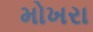
મોખરા